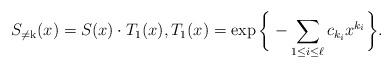
LaTeX: \begin{align*}S_{\neq\mathrm{k}}(x)= S(x) \cdot T_1(x), T_1(x) = \exp\bigg\{-\sum_{1\le i\le \ell}c_{k_i}x^{k_i}\bigg\}.\end{align*}